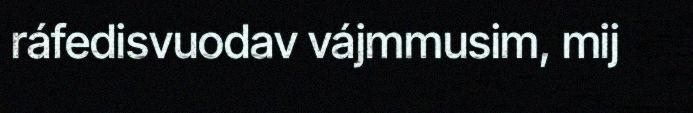
ráfedisvuodav vájmmusim, mij